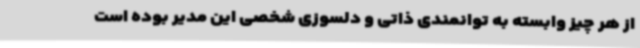
از هر چیز وابسته به توانمندی ذاتی و دلسوزی شخصی این مدیر بوده است